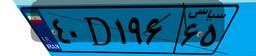
۴۰D۱۹۶۶۵